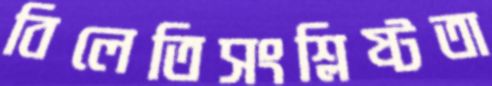
বিলেতিসংশ্লিষ্টতা